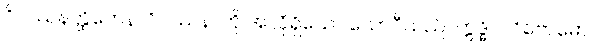
ဝိပဿနတ္ထိကေန၊ ဝိပဿနာကို အလိုရှိသော ယောဂီသည်။ ဣဒ္ဓိပလိဗောဓောပိ၊